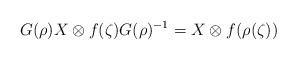
LaTeX: \begin{align*}G(\rho)X\otimes f(\zeta)G(\rho)^{-1}=X\otimes f(\rho(\zeta))\end{align*}